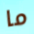
ما